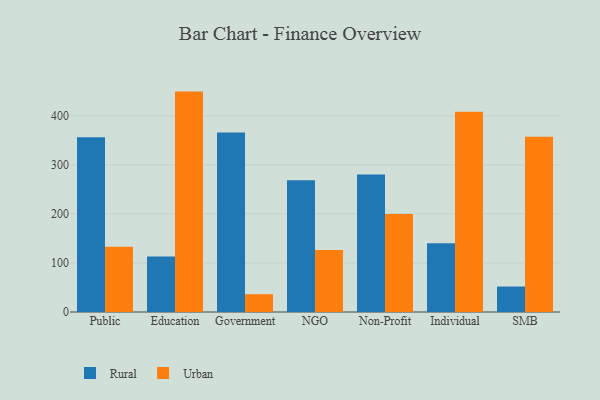
{"axis": {"x": "Segment", "y": "Inventory Turnover"}, "legend": ["Rural", "Urban"], "data": [{"x": "Public", "y": 356.3, "type": "Rural"}, {"x": "Public", "y": 132.8, "type": "Urban"}, {"x": "Education", "y": 113.0, "type": "Rural"}, {"x": "Education", "y": 449.3, "type": "Urban"}, {"x": "Government", "y": 365.7, "type": "Rural"}, {"x": "Government", "y": 36.3, "type": "Urban"}, {"x": "NGO", "y": 268.6, "type": "Rural"}, {"x": "NGO", "y": 126.3, "type": "Urban"}, {"x": "Non-Profit", "y": 280.5, "type": "Rural"}, {"x": "Non-Profit", "y": 199.6, "type": "Urban"}, {"x": "Individual", "y": 140.3, "type": "Rural"}, {"x": "Individual", "y": 408.3, "type": "Urban"}, {"x": "SMB", "y": 51.9, "type": "Rural"}, {"x": "SMB", "y": 357.1, "type": "Urban"}]}